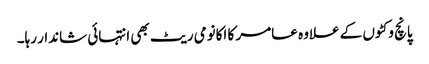
پانچ وکٹوں کے علاوہ عامر کا اکانومی ریٹ بھی انتہائی شاندار رہا۔